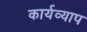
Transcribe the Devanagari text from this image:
कार्यव्याप